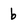
Character: b